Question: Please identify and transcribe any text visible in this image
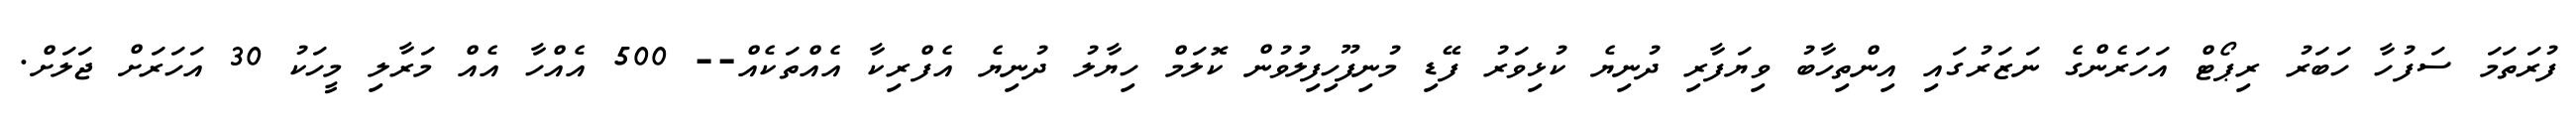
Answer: ފުރަތަމަ ސަފުހާ ހަބަރު ރިޕޯޓް އަހަރެންގެ ނަޒަރުގައި އިންތިހާބު ވިޔަފާރި ދުނިޔެ ކުޅިވަރު ފޭޑި މުނިފޫހިފިލުވުން ކޮލަމް ހިޔާލު ދުނިޔެ އެފްރިކާ އެއްތަކެއް-- 500 އެއްހާ އެއް މަރާލި މީހަކު 30 އަހަރަށް ޖަލަށް.